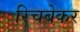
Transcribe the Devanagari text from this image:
रिचबेकर